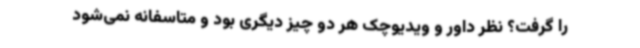
را گرفت؟ نظر داور و ویدیوچک ‌هر دو چیز دیگری بود و متاسفانه نمی‌شود